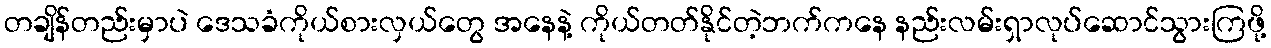
တချိန်တည်းမှာပဲ ဒေသခံကိုယ်စားလှယ်တွေ အနေနဲ့ ကိုယ်တတ်နိုင်တဲ့ဘက်ကနေ နည်းလမ်းရှာလုပ်ဆောင်သွားကြဖို့